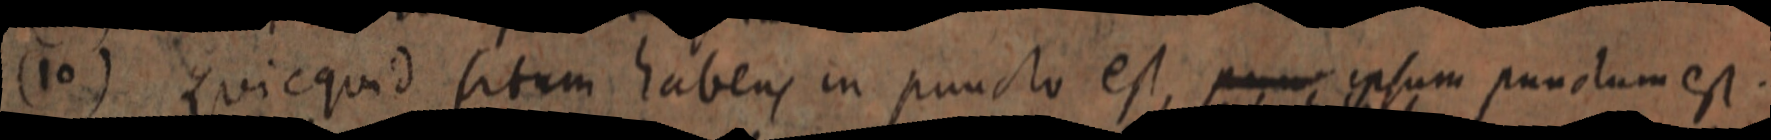
(10) Quicquid situm habens in puncto est, punc ipsum punctum est.